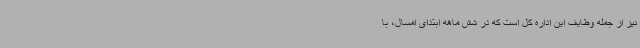
نیز از جمله وظایف این اداره کل است که در شش ماهه ابتدای امسال، با